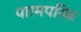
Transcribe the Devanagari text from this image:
पारमपरिक